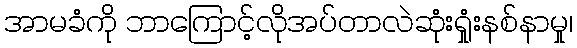
အာမခံကို ဘာကြောင့်လိုအပ်တာလဲဆုံးရှုံးနစ်နာမှု၊